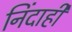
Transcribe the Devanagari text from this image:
निंदाही